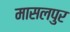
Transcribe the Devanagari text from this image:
मासलपुर